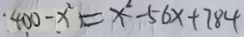
: 4 0 0 - x ^ { 2 } = x ^ { 2 } - 5 6 x + 7 8 4